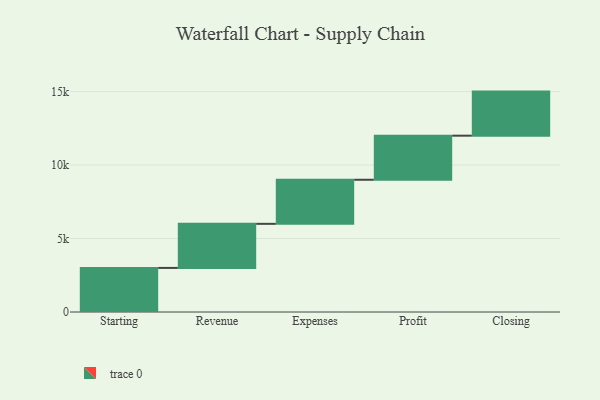
{"axis": {"x": "Step", "y": "Value"}, "legend": [""], "data": [{"x": "Starting", "y": 3000, "type": ""}, {"x": "Revenue", "y": 3000, "type": ""}, {"x": "Expenses", "y": 3000, "type": ""}, {"x": "Profit", "y": 3000, "type": ""}, {"x": "Closing", "y": 3000, "type": ""}]}